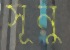
সূনু